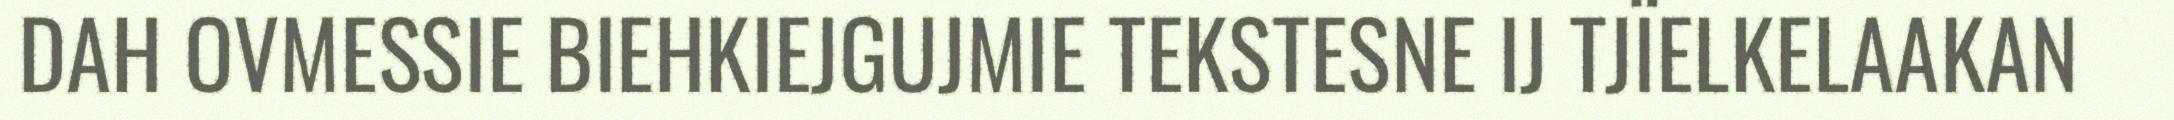
DAH OVMESSIE BIEHKIEJGUJMIE TEKSTESNE IJ TJÏELKELAAKAN